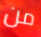
من